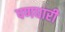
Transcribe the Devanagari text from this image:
पणधारी